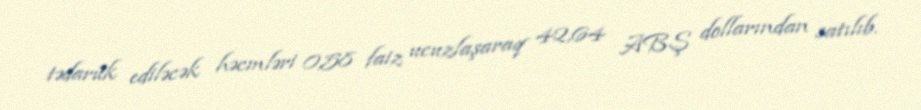
tədarük ediləcək həcmləri 0,58 faiz ucuzlaşaraq 42,64 ABŞ dollarından satılıb.